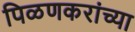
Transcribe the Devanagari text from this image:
पिळणकरांच्या